Indian journal of veterinary science and animal husbandry - Volumes 15-17, 1948-1951
Year: 1948
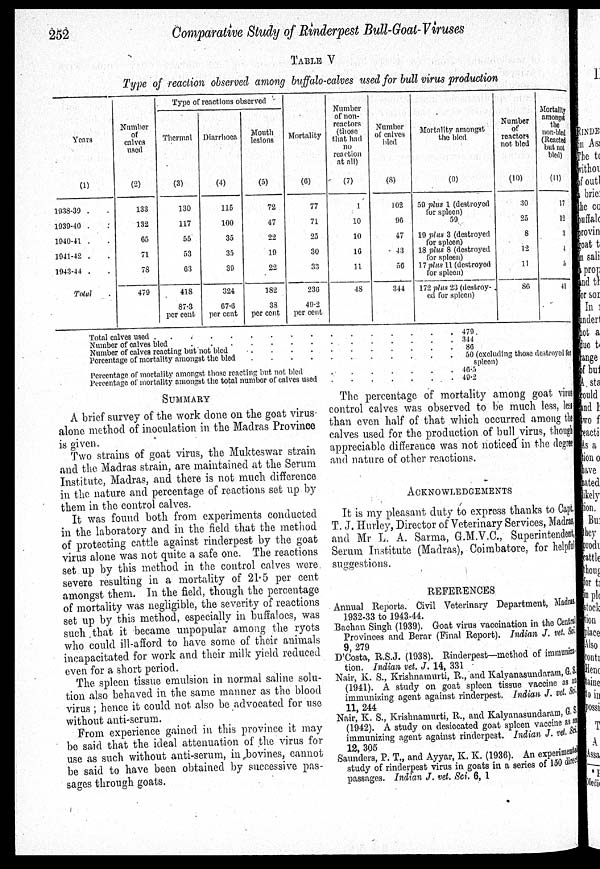
252
Comparative Study of Rinderpest Bull-Goat-Viruses
TABLE V
Type of reaction observed among buffalo-calves used for bull virus production
Years
(1)
1038-39 .
1939-40 .
1940-41 ..
1941-42 .
1943-44 .
Total
Number
of
calves
used
(2)
133
132
65
71
7S
479
Type of reactions observed
Thermal
(3)
130
117
55
53
63
41S
87.3
per cent
Diarrhoea
(4)
115
100
35
35
39
324
67.6
per cent
Month
lesions
(5)
72
47
22
19
22
182
38
per cent
Mortality
(6)
77
71
25
30
33
230
49.2
per cent
Number
of non-
reactors
(those
that had
no
reaction
at all)
(7)
1
10
10
16
11
48
Number
of calves
bled
(8)
1.02
96
47
43
56
344
Mortality amongst
the bled
(9)
59 plus 1 (destroyed
tor spleen)
59
19 plus 3 (destroyed
for spleen)
18 plus 8 (destroyed
for spleen)
17 plus 11 (destroyed
for spleen)
172 plus 23 (destroy-
ed for spleen)
Number
of
reactors
not bled
(10)
30
25
8
12
11
80
Mortality
amongst
the
non-
(Reacted
but not
(11)
17
12
3
4
a
41
Total calves used . . . . . . . .
Number of calves bled
Number of calves reacting but not bled .. . . . . . . .
Percentage of mortality amongst the bled
Percentage of mortality amongst those reacting but not bled
Percentage of mortality amongst the total number of calves used
479
344
86
50 (excluding those destroyed for
spleen)
46.5
49.2
SUMMARY
A brief survey of the work done on the goat virus.
alone method of inoculation in the Madras Province
is given.
Two strains of goat virus, the Mukteswar strain
and the Madras strain, are maintained at the Serum
Institute, Madras, and there is not much difference
in the nature and percentage of reactions set up by
them in the control calves.
It was found both from experiments conducted
in the laboratory and in the field that the method
of protecting cattle against rinderpest by the goat
virus alone was not quite a safe one. The reactions
set up by this method in the control calves were
severe resulting in a mortality of 21.5 per cent
amongst them. In the field, though the percentage
of mortality was negligible, the severity of reactions
set up by this method, especially in buffaloes, was
such that it became unpopular among the ryots
who could ill-afford to have some of their animals
incapacitated for work and their milk yield reduced
even for a short period.
The spleen tissue emulsion in normal saline solu-
tion also behaved in the same manner as the blood
virus ; hence it could not also be advocated for use
without anti-serum.
From experience gained in this province it may
be said that the ideal attenuation of the virus for
use as such without anti-serum, in bovines, cannot
be said to have been obtained by successive pas-
sages through goats.
The percentage of mortality among goat virus
control calves was observed to be much less, less
than even half of that which occurred among the
calves used for the production of bull virus, though
appreciable difference was not noticed in the degree
and nature of other reactions.
ACKOWLEDGEMENTS
It is my pleasant duty to express thanks to Capt.
T. J. Hurley, Director of Veterinary Services, Madras,
and Mr L. A. Sarma, G.M.V.C, Superintendent,
Serum Institute (Madras), Coimbatore, for helpful
suggestions.
REFERENCES
Annual Reports. Civil Veterinary Department, Madras.
1932-33 to 1943-44.
Bachan Singh (1939). Goat virus vaccination in the Central
Provinces and Berar (Final Report). Indian J. vet. Sci.
9, 279
D'Costa, R.S.J. (1938). Rinderpest—method of immuniza-
tion. Indian vet. J, 14, 331
Nair, K. S., Krishnamurti, R., and Kalyanasundaram, G. S.
(1941). A study on goat spleen tissue vaccine as an
immunizing agent against rinderpest. Indian J. vet. Sci.
11,
244.
Nair, K. S., Krishnamurti, R., and Kalyanasundaram, G. S.
(1942). A study on desiccated goat spleen vaccine as an
immunizing agent against rinderpest. Indian J. vet. Sci.
12,
305.
Saunders, P. T., and Ayyar, K. K. (1936). An experimental
study of rinderpest virus in goats in a series of 150 direct
passages. Indian J. vet. Sci. 6, 1